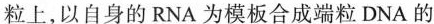
粒上，以自身的RNA为模板合成端粒DNA的